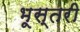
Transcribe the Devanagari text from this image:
भूस्तरी